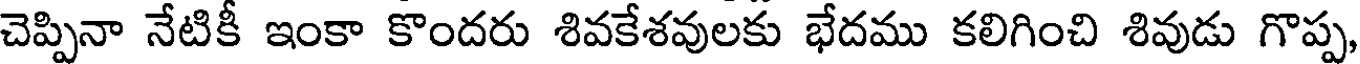
చెప్పినా నేటికీ ఇంకా కొందరు శివకేశవులకు భేదము కలిగించి శివుడు గొప్ప